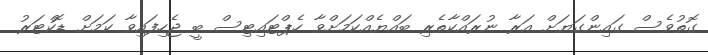
ގޮތުވެސް ގައިންގަޔަށް އަރާ ނުރައްކާތެރި ބައްޔެއްކަމަށްވާ ހެޕްޓައިޓިސް ބީ ޖެހިފައިވާ ކަމަށް ޑޮކްޓަރު